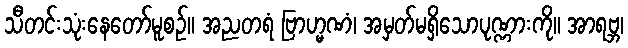
သီတင်းသုံးနေတော်မူစဉ်။ အညတရံ ဗြာဟ္မဏံ၊ အမှတ်မရှိသောပုဏ္ဏားကို။ အာရဗ္ဘ၊